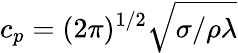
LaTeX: c_{p}=(2\pi)^{1/2}\sqrt{{\sigma}/{\rho\lambda}}